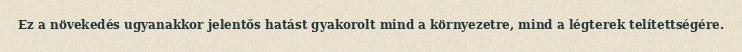
Ez a növekedés ugyanakkor jelentős hatást gyakorolt mind a környezetre, mind a légterek telítettségére.